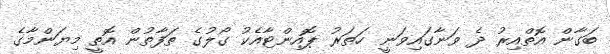
ބަގާން އޮތްއިރު ދެ ވަނާގައިވަނީ ހަތަރު ޕޮއިންޓާއެކު ގޯލުގެ ތަފާތުން އޮތީ މިޔަންމާގެ